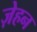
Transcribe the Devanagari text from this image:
ज़ेहन